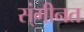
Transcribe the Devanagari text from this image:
स्ंगीनत